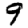
Digit: 9